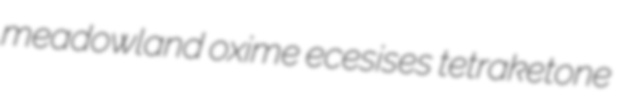
meadowland oxime ecesises tetraketone